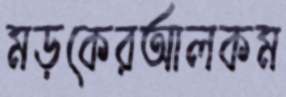
মড়কেরআলকম